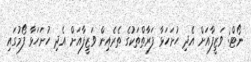
ނޯޓް: ވަޒީފާއަށް އެދި ހުށަހަޅާ ފަރާތްތަކުގެ ތެރެއިން ވަޒީފާއަށް އެދި ހުށަހަޅާ ފޯމުގައި